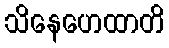
သိနေဟေထာတိ